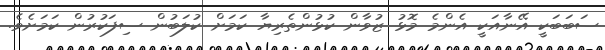
ސަބަބަކީ އޭނާއަކީ އެންމެ މޮޅު ޒުވާން ކުޅުންތެރިޔާ ކަމަށް ކުލަބުން ސިފަކުރުން ކަމަށެވެ.